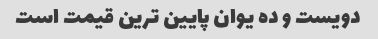
دویست و ده یوان پایین ترین قیمت است